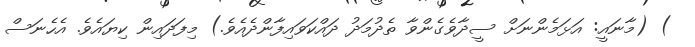
) (މާނައީ: އަޅަމެންނަށް ސީދާވެގެންވާ ތެދުމަދު ދައްކަވައިފާންދެއެވެ.) މިފަދައިން ކިޔައެވެ. އެހެނަސް